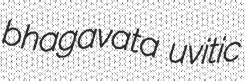
bhagavata uvitic